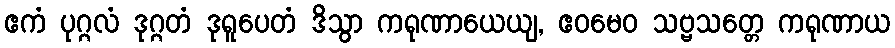
ဧကံ ပုဂ္ဂလံ ဒုဂ္ဂတံ ဒုရူပေတံ ဒိသွာ ကရုဏာယေယျ, ဧဝမေဝ သဗ္ဗသတ္တေ ကရုဏာယ